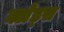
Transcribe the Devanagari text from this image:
क्लेड्स